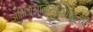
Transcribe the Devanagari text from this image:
अभिज्ञानशाकुंतलमचे